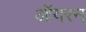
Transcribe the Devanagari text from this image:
ऑयरन